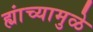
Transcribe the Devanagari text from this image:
ह्यांच्यामुळे